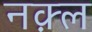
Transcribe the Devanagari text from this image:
नक़्ल